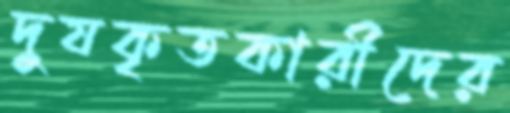
দুষকৃতকারীদের